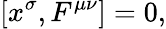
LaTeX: [x^{\sigma},F^{\mu\nu}]=0,